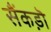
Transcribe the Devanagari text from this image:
सैंकड़ॊ